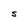
Character: S